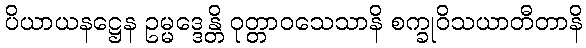
ပိယာယနဋ္ဌေန ဥမ္မဒ္ဒေန္တိ ဝုတ္တာဝသေသာနိ စက္ခုဝိသယာတီတာနိ